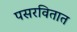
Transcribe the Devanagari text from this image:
पसरवितात